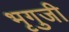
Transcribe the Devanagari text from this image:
भृगुजी